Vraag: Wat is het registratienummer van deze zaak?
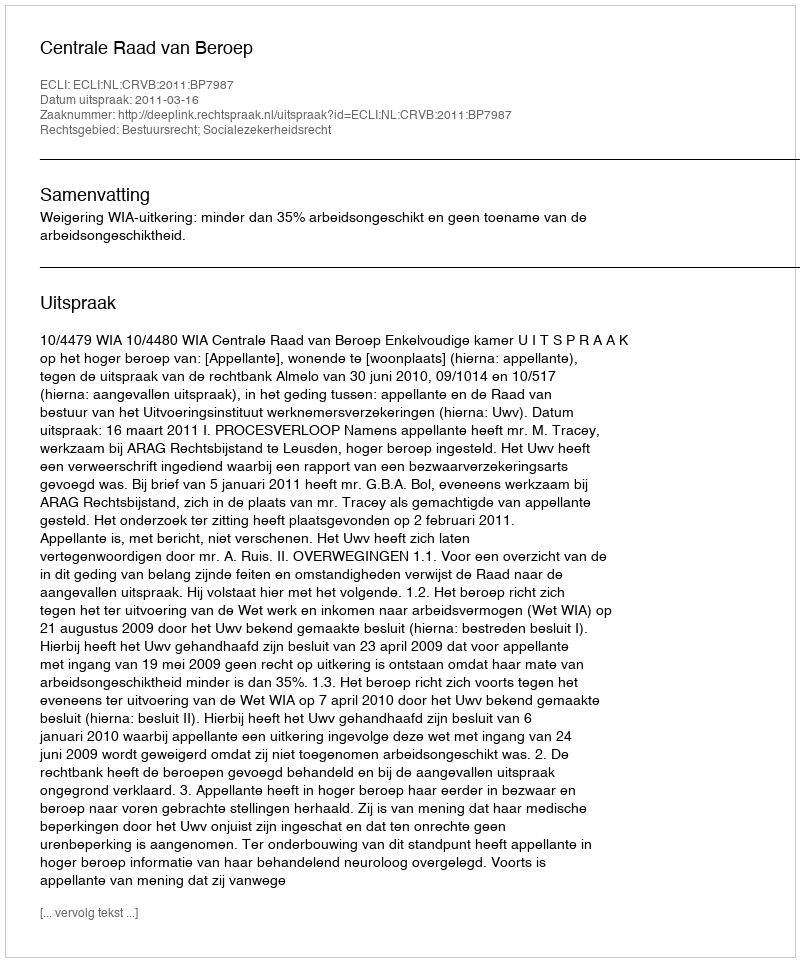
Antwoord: http://deeplink.rechtspraak.nl/uitspraak?id=ECLI:NL:CRVB:2011:BP7987